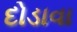
દોડાવા